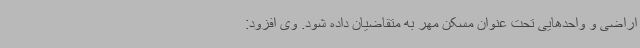
اراضی و واحدهایی تحت عنوان مسکن مهر به متقاضیان داده شود. وی افزود: